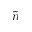
\tilde { n }